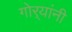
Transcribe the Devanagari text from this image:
गोर्‍यांनी